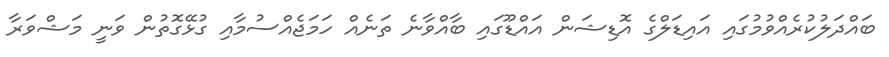
ބައްދަލުކުރެއްވުމުގައި އައިޑަލްގެ އޮޑިޝަން އައްޑޫގައި ބާއްވާނެ ތަނެއް ހަމަޖެއްސުމާއި ގުޅޭގޮތުން ވަނީ މަޝްވަރާ